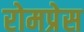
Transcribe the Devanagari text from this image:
रोमप्रेस